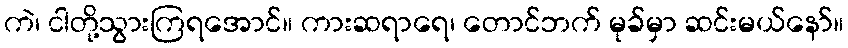
ကဲ၊ ငါတို့သွားကြရအောင်။ ကားဆရာရေ၊ တောင်ဘက် မုခ်မှာ ဆင်းမယ်နော်။